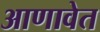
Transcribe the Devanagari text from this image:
आणावेत